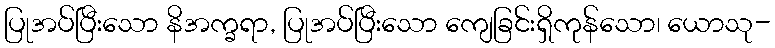
ပြုအပ်ပြီးသော နိအက္ခရာ, ပြုအပ်ပြီးသော ကျေခြင်းရှိကုန်သော၊ ယောသု-